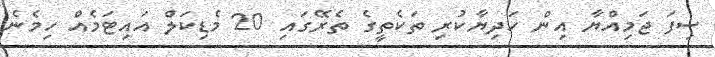
ސިފަ ޖަމިއްޔާ އިން ހަދިޔާކުރި ތަކެތީގެ ތެރޭގައި 20 މެޑިކަލް އައިޓަމެއް ހިމެނެ